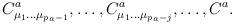
LaTeX: \begin{align*}C^a_{\mu_1 \ldots\mu_{p_a-1}},\ldots,C^a_{\mu_1\ldots\mu_{p_a-j}},\ldots, C^a.\end{align*}